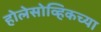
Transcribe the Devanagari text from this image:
होलेसोव्हिकच्या